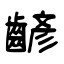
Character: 齴